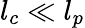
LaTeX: l_{c}\ll l_{p}